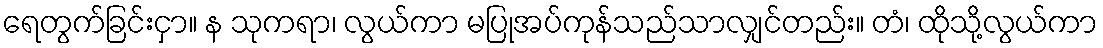
ရေတွက်ခြင်းငှာ။ န သုကရာ၊ လွယ်ကာ မပြုအပ်ကုန်သည်သာလျှင်တည်း။ တံ၊ ထိုသို့လွယ်ကာ